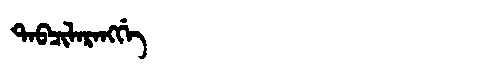
Manchu: ᡨᠠᠪᠴᡳᠯᠠᡵᠠᠩᡤᡝ
Romanization: TABCILARANGGE